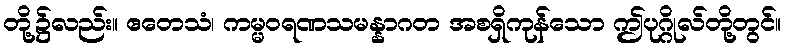
တို့၌လည်း။ ဧတေသံ၊ ကမ္မဝရဏသမန္နာဂတ အစရှိကုန်သော ဤပုဂ္ဂိုလ်တို့တွင်။